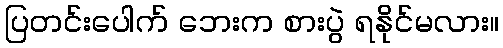
ပြတင်းပေါက် ဘေးက စားပွဲ ရနိုင်မလား။